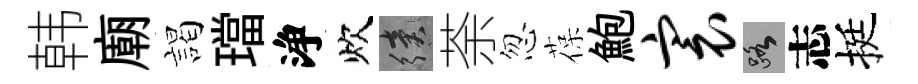
韩廟謁璫浄炊續荼忽葆鮑寰路志挺